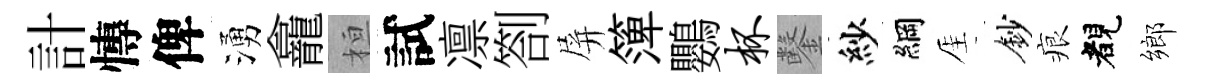
計慱俾湧龕桓試凛劄屏𥱼鸚杯鑿紗綱厓鈔痕睹鄉